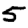
Digit: 5